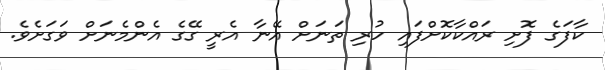
ކާފަގެ ފޮށި ރައްކާކޮށްފައި ހުރި ތަނަށް އޭނާ އެރީ ގޭގެ އެންމެނަށް ވަގަށެވެ.